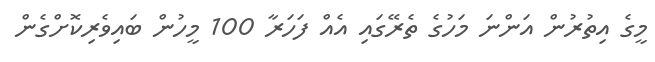
މީގެ އިތުރުން އަންނަ މަހުގެ ތެރޭގައި އެއް ފަހަރާ 100 މީހުން ބައިވެރިކޮށްގެން